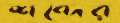
শব্দের